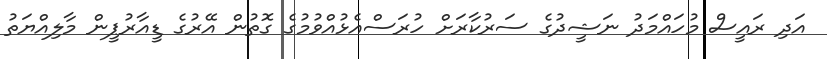
އަދި ރައީސް މުހައްމަދު ނަޝީދުގެ ސަރުކާރަށް ހުރަސްއެޅުއްވުމުގެ ގޮތުން އޭރުގެ ޑީއާރުޕީން މާލިއްޔަތު